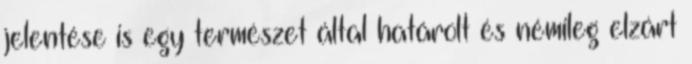
jelentése is egy természet által határolt és némileg elzárt